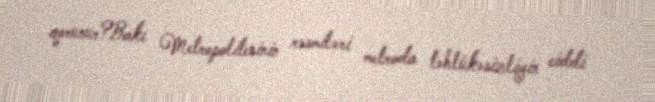
qorunur?Bakı Metropoliteninin rəsmiləri metroda təhlükəsizliyin ciddi